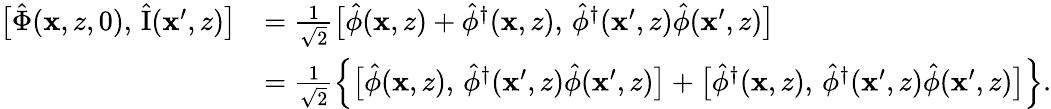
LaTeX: \begin{array}{rl}{\bigl[\hat{\Phi}(\mathbf{x},z,0),\, \hat{\mathrm{I}}(\mathbf{x}^{\prime},z)\bigr]}&{=\frac{1}{\sqrt{2}}\bigl[\hat{\phi}(\mathbf{x},z)+\hat{\phi}^{\dagger}(\mathbf{x},z),\, \hat{\phi}^{\dagger}(\mathbf{x}^{\prime},z)\hat{\phi}(\mathbf{x}^{\prime},z)\bigr]}\\ &{=\frac{1}{\sqrt{2}}\left\{ \bigl[\hat{\phi}(\mathbf{x},z),\, \hat{\phi}^{\dagger}(\mathbf{x}^{\prime},z)\hat{\phi}(\mathbf{x}^{\prime},z)\bigr]+\bigl[\hat{\phi}^{\dagger}(\mathbf{x},z),\, \hat{\phi}^{\dagger}(\mathbf{x}^{\prime},z)\hat{\phi}(\mathbf{x}^{\prime},z)\bigr]\right\} .}\end{array}